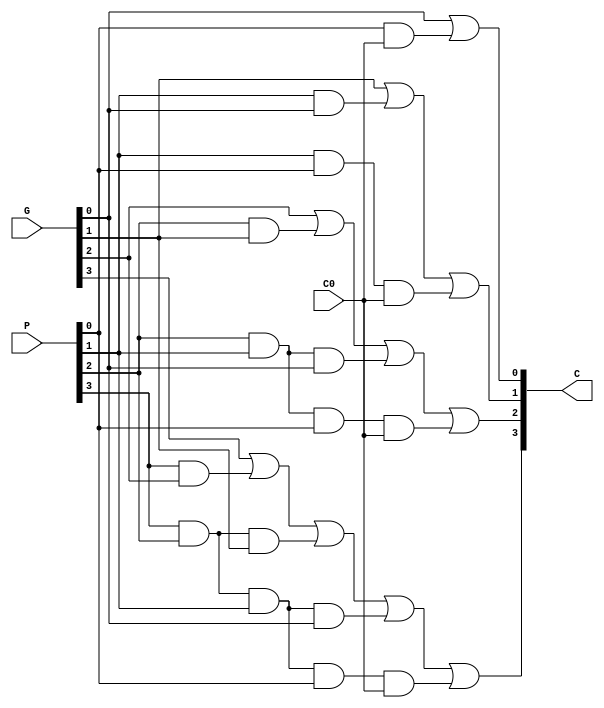
module carry_lookahead_generator(output [4:1] C, input [3:0] P, G, input C0);

assign C[1]=G[0]|(P[0]&C0);
assign C[2]=G[1]|(P[1]&G[0])|(P[1]&P[0]&C0);
assign C[3]=G[2]|(P[2]&G[1])|(P[2]&P[1]&G[0])|(P[2]&P[1]&P[0]&C0);
assign C[4]=G[3]|(P[3]&G[2])|(P[3]&P[2]&G[1])|(P[3]&P[2]&P[1]&G[0])|(P[3]&P[2]&P[1]&P[0]&C0);

endmodule